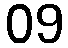
09